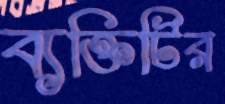
ব্যক্তিটির